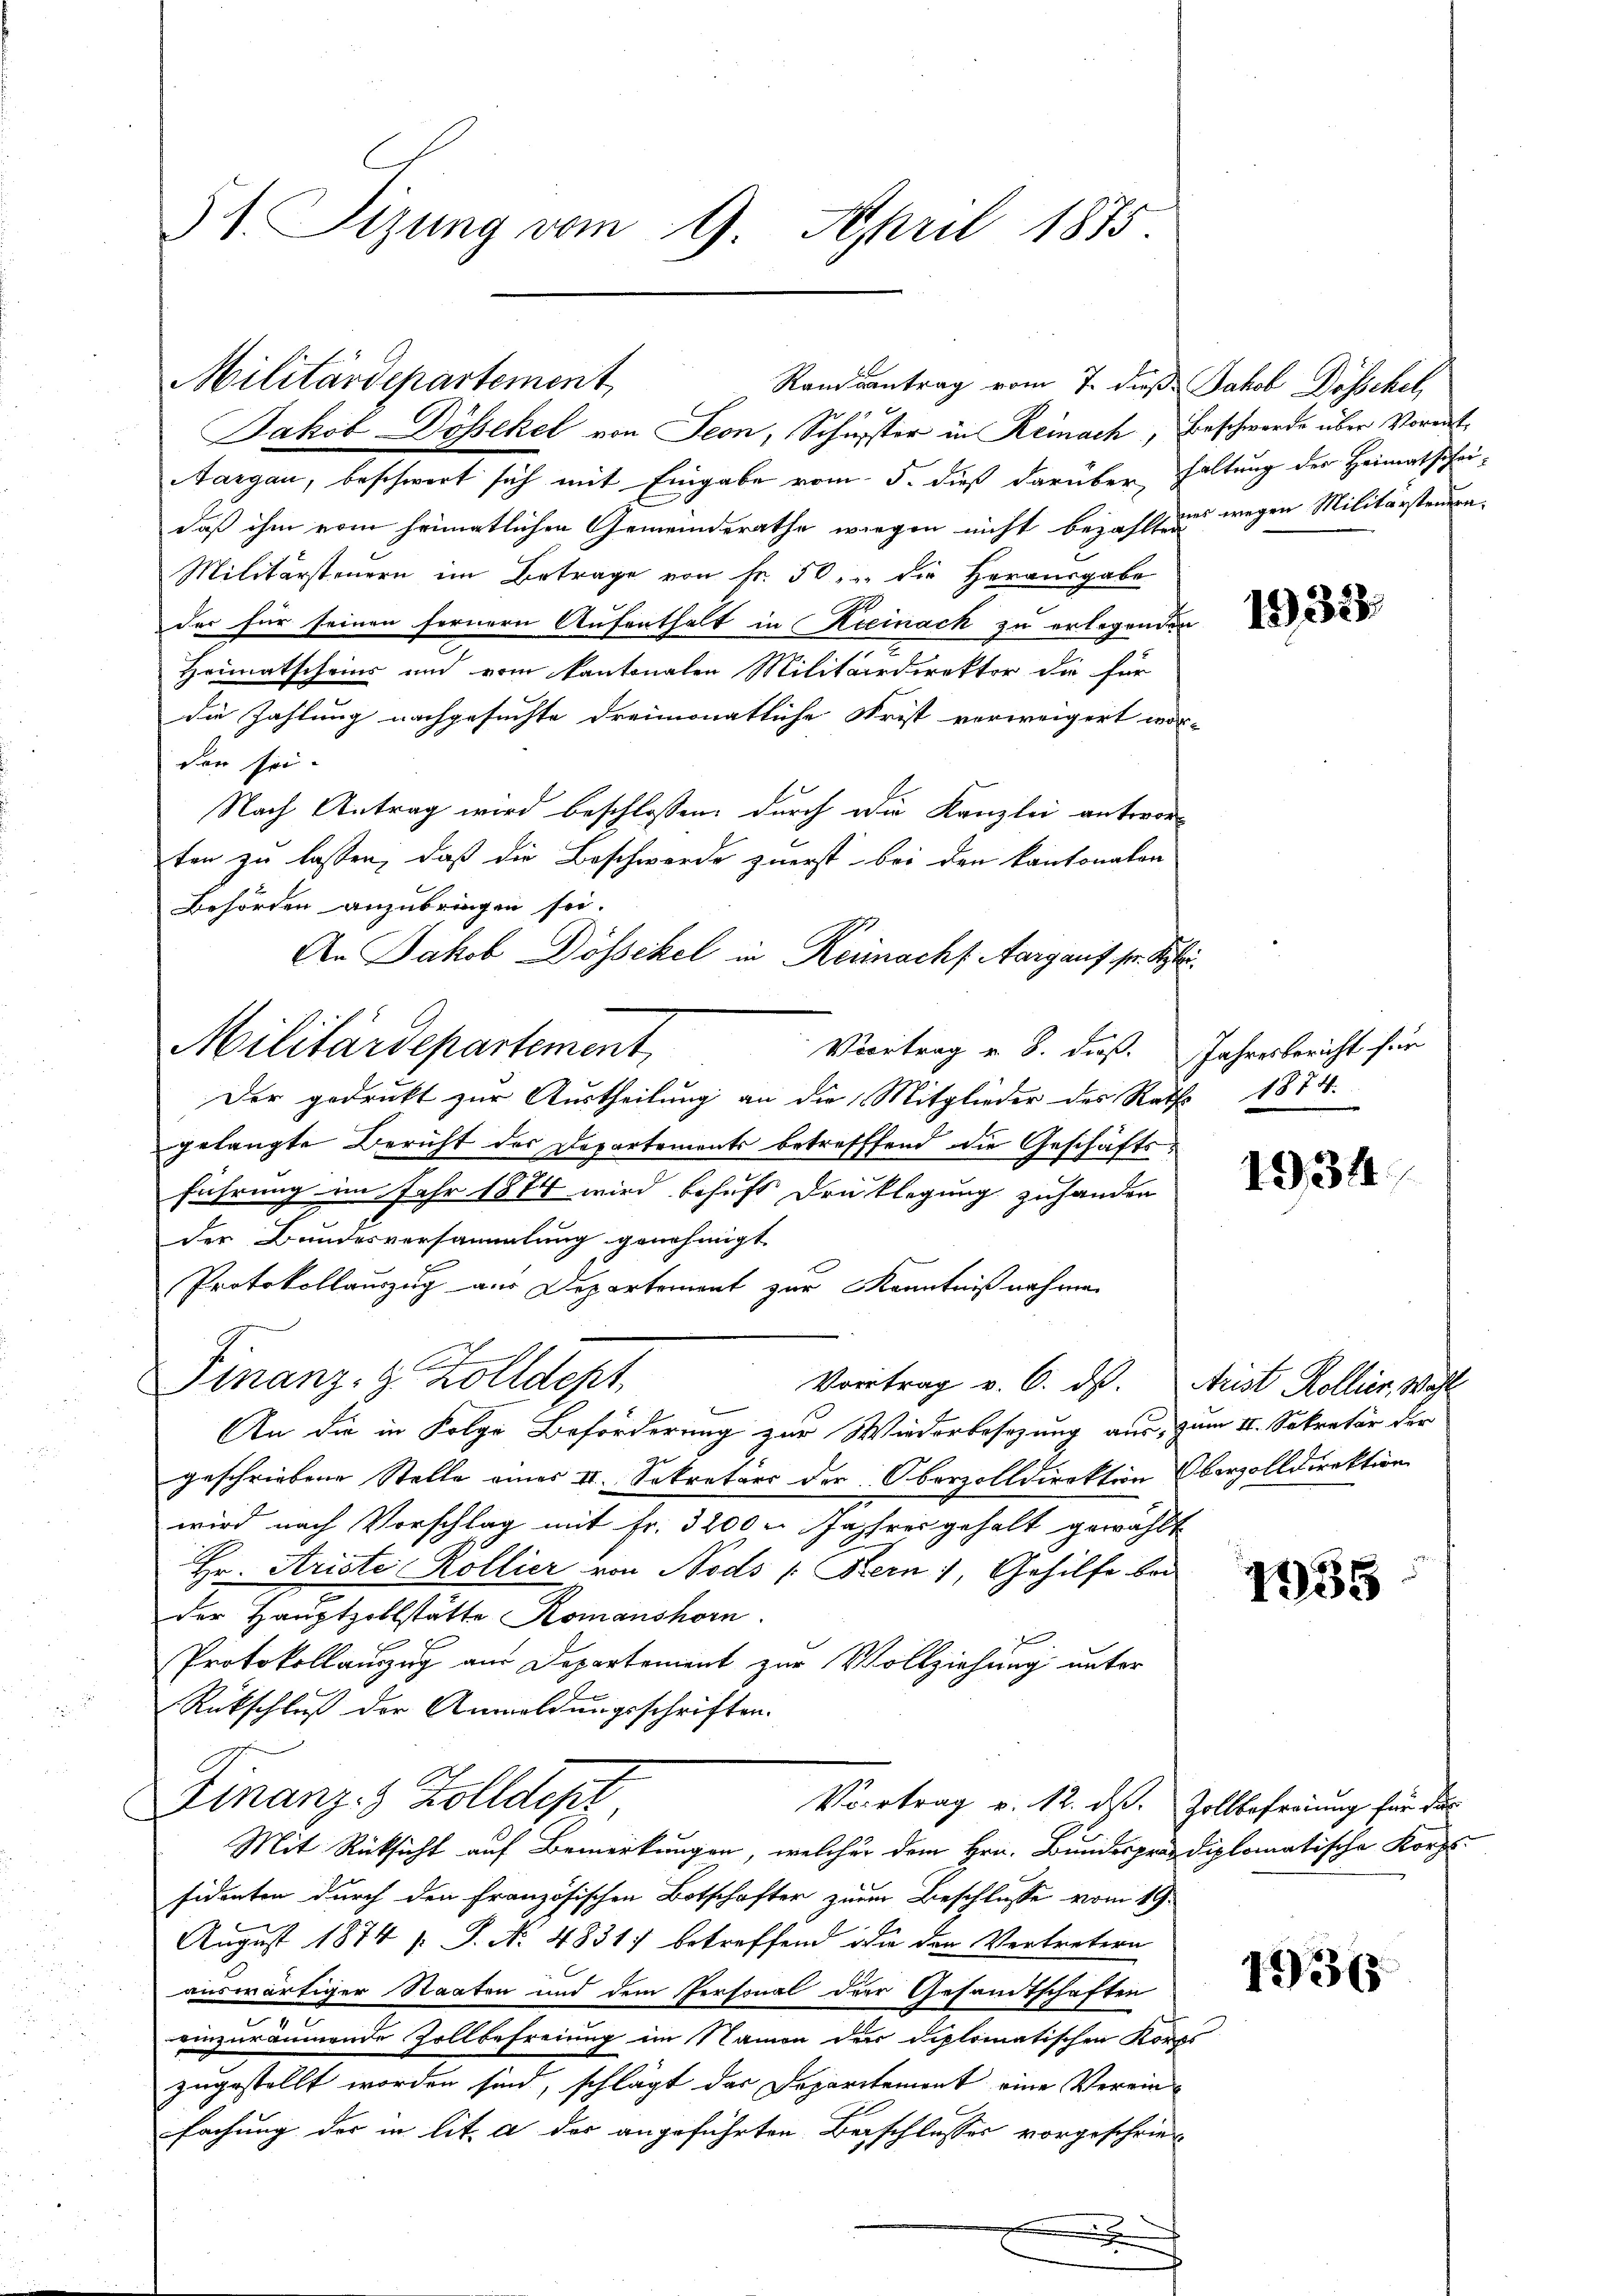
51. Sizung vom 9. April 1875

Militärdepartement
Randantrag vom 7. dieß Jakob Dösschel,
Jakob Dösekel von Seon, Schuster in Reinach, Beschwerde über Vormit¬

Militärdepartement

Aargau, beschwert sich mit Eingabe vom 5. dieß darüber, haltung der Heimatschei-
daß ihm vom heimatlichen Gemeinderathe wiegen nicht bezahlt und wegen Militärsteuern¬
Militärsteuern im Betrage von Fr. 50, die Herausgabe
der für seinen fernern Aufenthalt in Kieinack zu erlegenden
Heimatscheins und vom Kantonalen Militärdirektor die für
die Zahlung nachgesuchte dreimonatliche Frist verweigert wor-
den sei.
Nach Antrag wird beschlossen, durch die Kanzlei antworten zu lassen, daß die Beschwerde zuerst bei den kantonalen
Behörden anzubringen sei.
An Jakob Dösschel in Keimacht. Aargauf fr. Si
Voortrag v. 8. dieß. Jahresbericht für
Der gedruckt zur Austheilung an die Mitglieder des Raths 1874.
gelangte Bericht des Departements betreffend die Geschäftsführung im Jahr 1874 wird behufs Drucklegung zuhanden
der Bundesversammlung genehmigt
Protokollauszug aus Departement zur Kenntnißnahme.
Finanz- & Zolldept,
Vortrag v. 6. ds. Arist Kollier, Wohl
An die in Folge Beförderung zur Wiederbesezung aus, zum II. Sekretär der
geschriebene Stelle eines II. Sekretärs der Oberzolldirektion Oberzolldirektion
wird nach Vorschlag mit Fr. 3200 u. Jahres gehalt gewählt
Hr. Ariste Kollier von Nods /: Kern, Gehilfe bei
der Hauptzollstätte Romanshorn
Protokollauszug aus Departement zur Vollziehung unter
Rückschluß der Anwoldungsschriften.
Finanz- Zolldept
Vortrag v. 12. ds. Zollbefreiung für die
Mit Rücksicht auf Bemerkungen, welcher dem Hrn. Bundespräsdiplomatische Korps
sidenten durch den Französischen Botschafter zur Beschlusse vom 19.
August 1874 s. S. No 4831 betreffend die der Vertretern
auswärtiger Staaten und dem Personal der Gesamtschaften
einzuräumende Zollbefreiung im Namen der Diplomatischen Konce
zugestellt worden sind, schlägt das Departement eine Verein-
fachung der in lit. a der angeführten Beschlusses vorgeschrie¬

1932.

1934

1935

17365